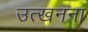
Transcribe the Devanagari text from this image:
उत्खनना